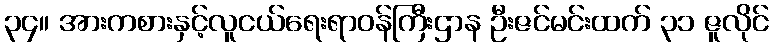
၃၄။ အားကစားနှင့်လူငယ်ရေးရာဝန်ကြီးဌာန ဦးဇင်မင်းထက် ၃၁ ဇူလိုင်